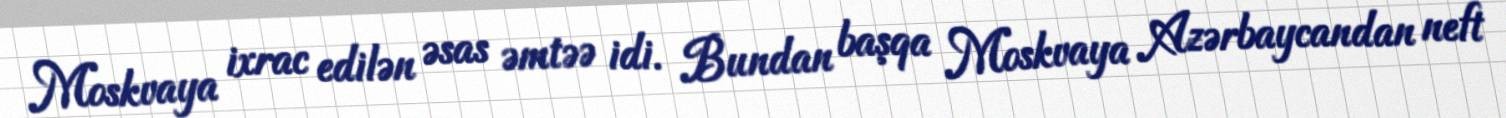
Moskvaya ixrac edilən əsas əmtəə idi. Bundan başqa Moskvaya Azərbaycandan neft